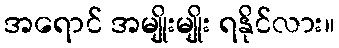
အရောင် အမျိုးမျိုး ရနိုင်လား။